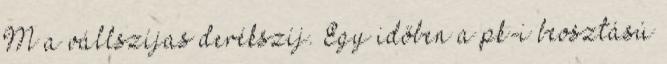
M a vállszíjas derékszíj. Egy időben a pk-i beosztású